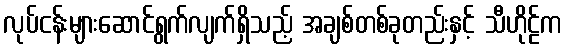
လုပ်ငန်းများဆောင်ရွက်လျက်ရှိသည့် အချစ်တစ်ခုတည်းနှင့် သီဟိုဠ်က